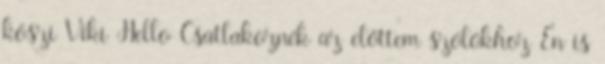
köszi Viki Hello Csatlakoznék az elöttem szólókhoz Én is